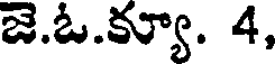
జె.ఓ.క్యూ. 4,